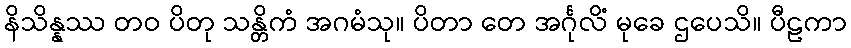
နိသိန္နဿ တဝ ပိတု သန္တိကံ အဂမံသု။ ပိတာ တေ အင်္ဂုလိံ မုခေ ဌပေသိ။ ပီဠကာ